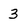
Character: 3